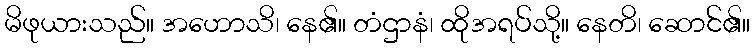
မိဖုယားသည်။ အဟောသိ၊ နေ၏။ တံဌာနံ၊ ထိုအရပ်သို့။ နေတိ၊ ဆောင်၏။